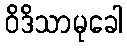
ဝိဒိသာမုခေါ